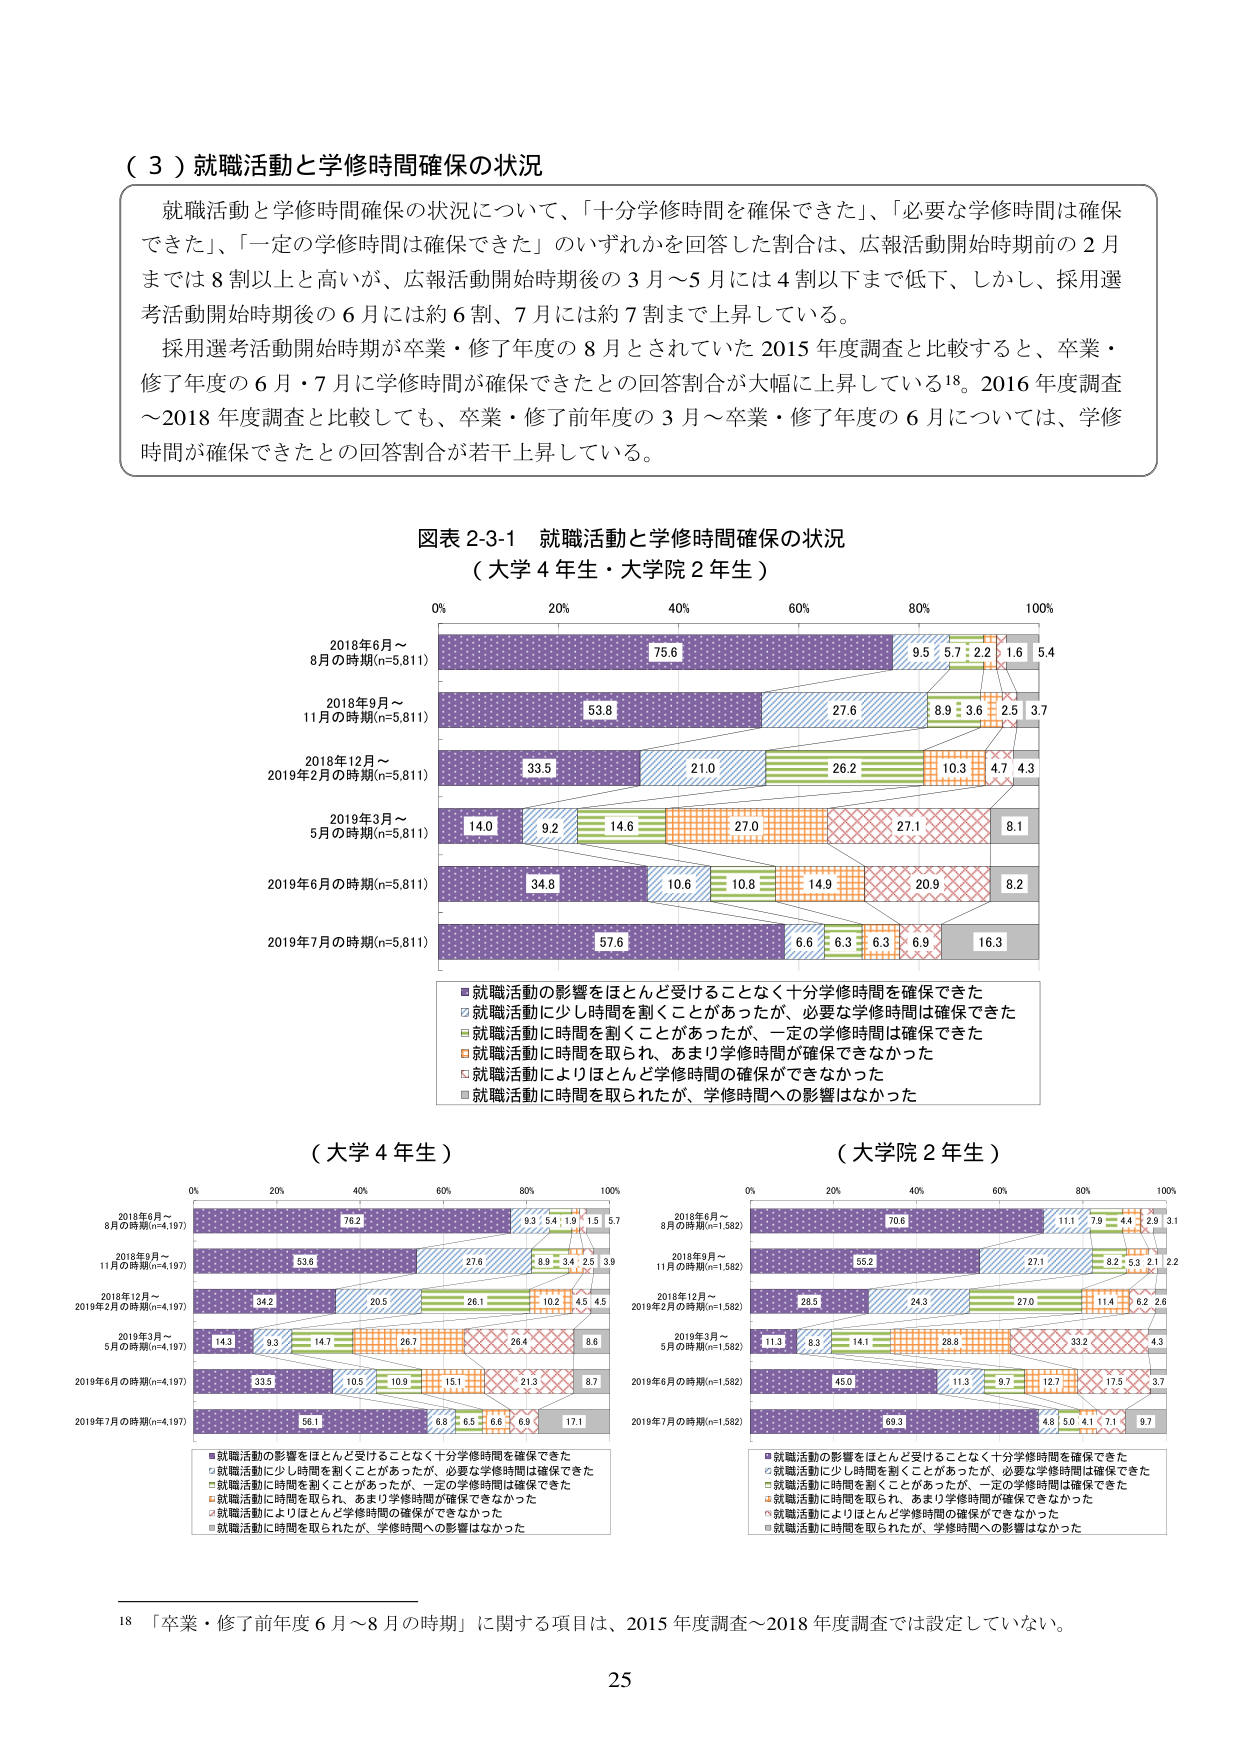
（３）就職活動と学修時間確保の状況

就職活動と学修時間確保の状況について、「十分学修時間を確保できた」、「必要な学修時間は確保できた」、「一定の学修時間は確保できた」のいずれかを回答した割合は、広報活動開始時期前の２月までは８割以上と高いが、広報活動開始時期後の３月～５月には４割以下まで低下、しかし、採用選考活動開始時期後の６月には約６割、７月には約７割まで上昇している。

採用選考活動開始時期が卒業・修了年度の８月とされていた2015年度調査と比較すると、卒業・修了年度の６月・７月に学修時間が確保できたとの回答割合が大幅に上昇している18。2016年度調査～2018年度調査と比較しても、卒業・修了前年度の３月～卒業・修了年度の６月については、学修時間が確保できたとの回答割合が若干上昇している。

図表2-3-1 就職活動と学修時間確保の状況
（大学4年生・大学院2年生）

0% 20% 40% 60% 80% 100%

2018年6月～
8月の時期(n=5,811)
75.6 9.5 5.7 2.2 1.6 5.4

2018年9月～
11月の時期(n=5,811)
53.8 27.6 8.9 3.6 2.5 3.7

2018年12月～
2019年2月の時期(n=5,811)
33.5 21.0 26.2 10.3 4.7 4.3

2019年3月～
5月の時期(n=5,811)
14.0 9.2 14.6 27.0 27.1 8.1

2019年6月の時期(n=5,811)
34.8 10.6 10.8 14.9 20.9 8.2

2019年7月の時期(n=5,811)
57.6 6.6 6.3 6.3 6.9 16.3

■就職活動の影響をほとんど受けることなく十分学修時間を確保できた
□就職活動に少し時間を割くことがあったが、必要な学修時間は確保できた
■就職活動に時間を割くことがあったが、一定の学修時間は確保できた
□就職活動に時間を取られ、あまり学修時間が確保できなかった
■就職活動によりほとんど学修時間の確保ができなかった
□就職活動に時間を取られたが、学修時間への影響はなかった

（大学4年生）

0% 20% 40% 60% 80% 100%

2018年6月～
8月の時期(n=4,197)
76.2 9.3 5.4 1.9 1.5 5.7

2018年9月～
11月の時期(n=4,197)
53.6 27.6 8.9 3.4 2.5 3.9

2018年12月～
2019年2月の時期(n=4,197)
34.2 20.5 26.1 10.2 4.5 4.5

2019年3月～
5月の時期(n=4,197)
14.3 9.3 14.7 26.7 28.4 8.6

2019年6月の時期(n=4,197)
33.5 10.5 10.9 15.1 21.3 8.7

2019年7月の時期(n=4,197)
56.1 6.8 6.5 6.6 6.9 17.1

■就職活動の影響をほとんど受けることなく十分学修時間を確保できた
□就職活動に少し時間を割くことがあったが、必要な学修時間は確保できた
■就職活動に時間を割くことがあったが、一定の学修時間は確保できた
□就職活動に時間を取られ、あまり学修時間が確保できなかった
■就職活動によりほとんど学修時間の確保ができなかった
□就職活動に時間を取られたが、学修時間への影響はなかった

（大学院2年生）

0% 20% 40% 60% 80% 100%

2018年6月～
8月の時期(n=1,582)
70.6 11.1 7.9 4.4 2.9 3.1

2018年9月～
11月の時期(n=1,582)
55.2 27.1 8.2 5.3 2.1 2.2

2018年12月～
2019年2月の時期(n=1,582)
28.5 24.3 27.0 11.4 6.2 2.6

2019年3月～
5月の時期(n=1,582)
11.3 8.3 14.1 28.8 33.2 4.3

2019年6月の時期(n=1,582)
45.0 11.3 9.7 12.7 17.5 3.7

2019年7月の時期(n=1,582)
69.3 4.8 5.0 4.1 7.1 9.7

■就職活動の影響をほとんど受けることなく十分学修時間を確保できた
□就職活動に少し時間を割くことがあったが、必要な学修時間は確保できた
■就職活動に時間を割くことがあったが、一定の学修時間は確保できた
□就職活動に時間を取られ、あまり学修時間が確保できなかった
■就職活動によりほとんど学修時間の確保ができなかった
□就職活動に時間を取られたが、学修時間への影響はなかった

18 「卒業・修了前年度6月～8月の時期」に関する項目は、2015年度調査～2018年度調査では設定していない。

25